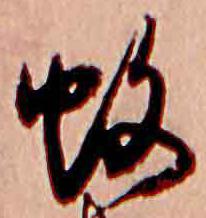
蚊